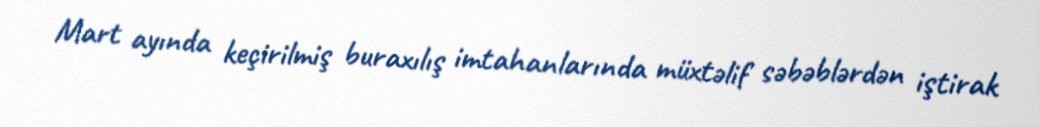
Mart ayında keçirilmiş buraxılış imtahanlarında müxtəlif səbəblərdən iştirak